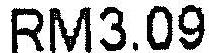
RM3.09